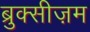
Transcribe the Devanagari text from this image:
ब्रुक्सीज़म